Vaccination in Bombay 1863-1868 - 1863-1868
Year: 1863
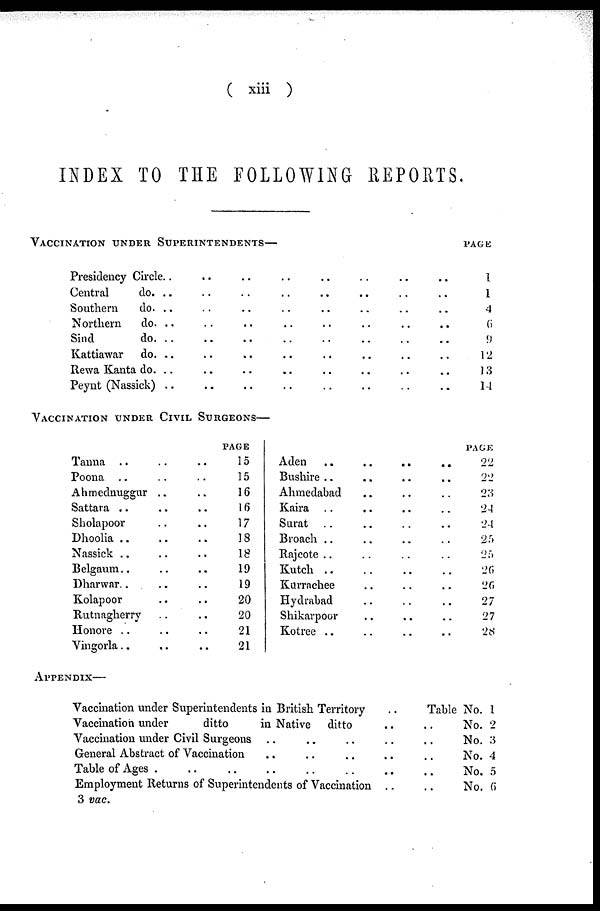
( xiii )
INDEX TO THE FOLLOWING REPORTS.
VACCINATION UNDER SUPERINTENDENTS—
Presidency Circle.. .. .. .. .. .. .. .. ..
Central
do. .. .. .. .. .. .. .. ..
Southern
do. .. .. .. .. .. .. ..
Northern
do. .. .. .. .. .. .. ..
Sind
do. .. .. .. .. .. .. ..
Kattiawar
do. .. .. .. .. .. .. ..
Rewa Kanta do. .. .. .. .. .. ..
Peynt (Nassick) .. .. .. .. .. ..
VACCINATION UNDER CIVIL SURGEONS—
Tanna .. .. ..
Poona .. .. ..
Ahmednuggur .. ..
Sattara .. .. ..
Sholapoor .. ..
Dhoolia .. .. ..
Nassick .. .. .. ..
Belgaum .. .. ..
Dharwar.. .. ..
Kolapoor .. .. ..
Rutnagherry .. ..
Honore .. .. ..
Vingorla .. .. ..
PAGE
15
15
16
16
17
18
18
19
19
20
20
21
21
Aden
..
..
..
..
Bushire .. .. .. .. ..
Ahmedabad .. .. .. .. ..
Kaira .. .. .. ..
Surat .. .. .. ..
Broach .. .. ..
Rajcote .. .. ..
Kutch
..
..
..
..
Karrachee .. .. ..
Hydrabad .. .. ..
Shikarpoor .. .. ..
Kotree .. .. .. ..
APPENDIX—
Vaccination under Superintendents in British Territory
..
Vaccination under
ditto
in Native
ditto .. ..
Vaccination under Civil Surgeons .. .. .. .. ..
General Abstract of Vaccination .. .. .. .. ..
Table of Ages
..
..
..
..
..
Employment Returns of Superintendents of Vaccination
..
..
PAGE
1
1
4
6
9
12
13
14
PAGE
22
22
23
24
24
25
25
26
26
27
27
28
Table No. 1
No. 2
No. 3
No. 4
No. 5
No. 6
3 vac.